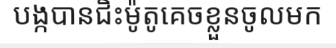
បង្កបានជិះម៉ូតូគេចខ្លួនចូលមក